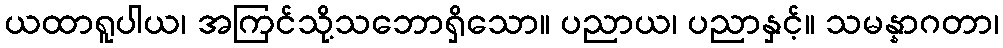
ယထာရူပါယ၊ အကြင်သို့သဘောရှိသော။ ပညာယ၊ ပညာနှင့်။ သမန္နာဂတာ၊